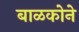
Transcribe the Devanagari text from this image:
बाळकोने